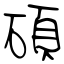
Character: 碩